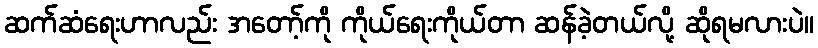
ဆက်ဆံရေးဟာလည်း အတော့်ကို ကိုယ်ရေးကိုယ်တာ ဆန်ခဲ့တယ်လို့ ဆိုရမလားပဲ။